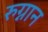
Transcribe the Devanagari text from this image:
रुग्नान